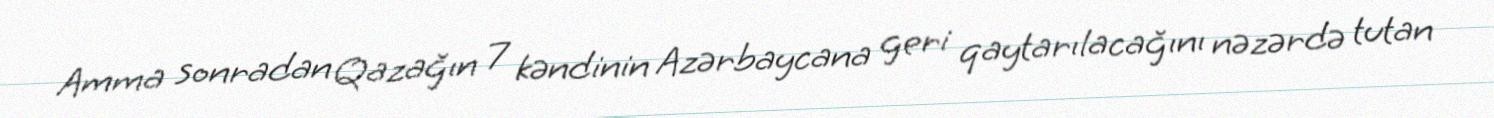
Amma sonradan Qazağın 7 kəndinin Azərbaycana geri qaytarılacağını nəzərdə tutan